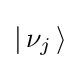
\left|\,\nu _{j}\,\right\rangle